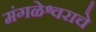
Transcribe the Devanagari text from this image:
मंगळेश्वराचे